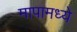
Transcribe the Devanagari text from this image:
मापामध्ये